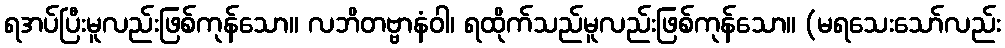
ရအပ်ပြီးမူလည်းဖြစ်ကုန်သော။ လဘိတဗ္ဗာနံဝါ၊ ရထိုက်သည်မူလည်းဖြစ်ကုန်သော။ (မရသေးသော်လည်း